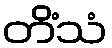
တိံသံ